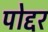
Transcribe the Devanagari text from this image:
पोद्दर